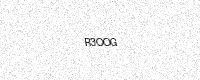
Text: R3OOG